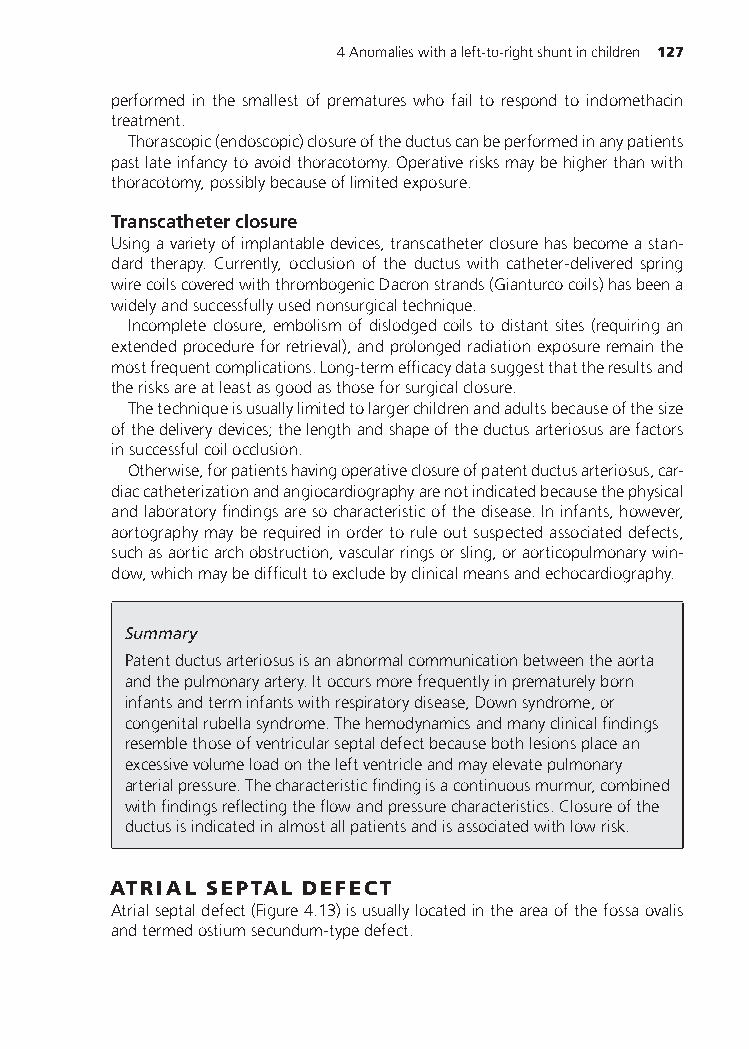
4Anomalieswithaleft-to-rightshuntinchildren 127
 performed in the smallest of prematures who fail to respond to indomethacin
 treatment.
 Thorascopic(endoscopic)closureoftheductuscanbeperformedinanypatients
 pastlateinfancytoavoidthoracotomy.Operativerisksmaybehigherthanwith
 thoracotomy,possiblybecauseoflimitedexposure.
 Transcatheterclosure
 Usingavarietyofimplantabledevices,transcatheterclosurehasbecomeastan-
 dard therapy. Currently, occlusion of the ductus with catheter-delivered spring
 wirecoilscoveredwiththrombogenicDacronstrands(Gianturcocoils)hasbeena
 widelyandsuccessfullyusednonsurgicaltechnique.
 Incompleteclosure,embolismofdislodgedcoilstodistantsites(requiringan
 extendedprocedureforretrieval),andprolongedradiationexposureremainthe
 mostfrequentcomplications.Long-termefficacydatasuggestthattheresultsand
 therisksareatleastasgoodasthoseforsurgicalclosure.
 Thetechniqueisusuallylimitedtolargerchildrenandadultsbecauseofthesize
 ofthedeliverydevices;thelengthandshapeoftheductusarteriosusarefactors
 insuccessfulcoilocclusion.
 Otherwise,forpatientshavingoperativeclosureofpatentductusarteriosus,car-
 diaccatheterizationandangiocardiographyarenotindicatedbecausethephysical
 andlaboratoryfindingsaresocharacteristicofthedisease.Ininfants,however,
 aortographymayberequiredinordertoruleoutsuspectedassociateddefects,
 suchasaorticarchobstruction,vascularringsorsling,oraorticopulmonarywin-
 dow,whichmaybedifficulttoexcludebyclinicalmeansandechocardiography.
 Summary
 Patentductusarteriosusisanabnormalcommunicationbetweentheaorta
 andthepulmonaryartery.Itoccursmorefrequentlyinprematurelyborn
 infantsandterminfantswithrespiratorydisease,Downsyndrome,or
 congenitalrubellasyndrome.Thehemodynamicsandmanyclinicalfindings
 resemblethoseofventricularseptaldefectbecausebothlesionsplacean
 excessivevolumeloadontheleftventricleandmayelevatepulmonary
 arterialpressure.Thecharacteristicfindingisacontinuousmurmur,combined
 withfindingsreflectingtheflowandpressurecharacteristics.Closureofthe
 ductusisindicatedinalmostallpatientsandisassociatedwithlowrisk.
 ATRIAL SEPTAL DEFECT
 Atrialseptaldefect(Figure4.13)isusuallylocatedintheareaofthefossaovalis
 andtermedostiumsecundum-typedefect.